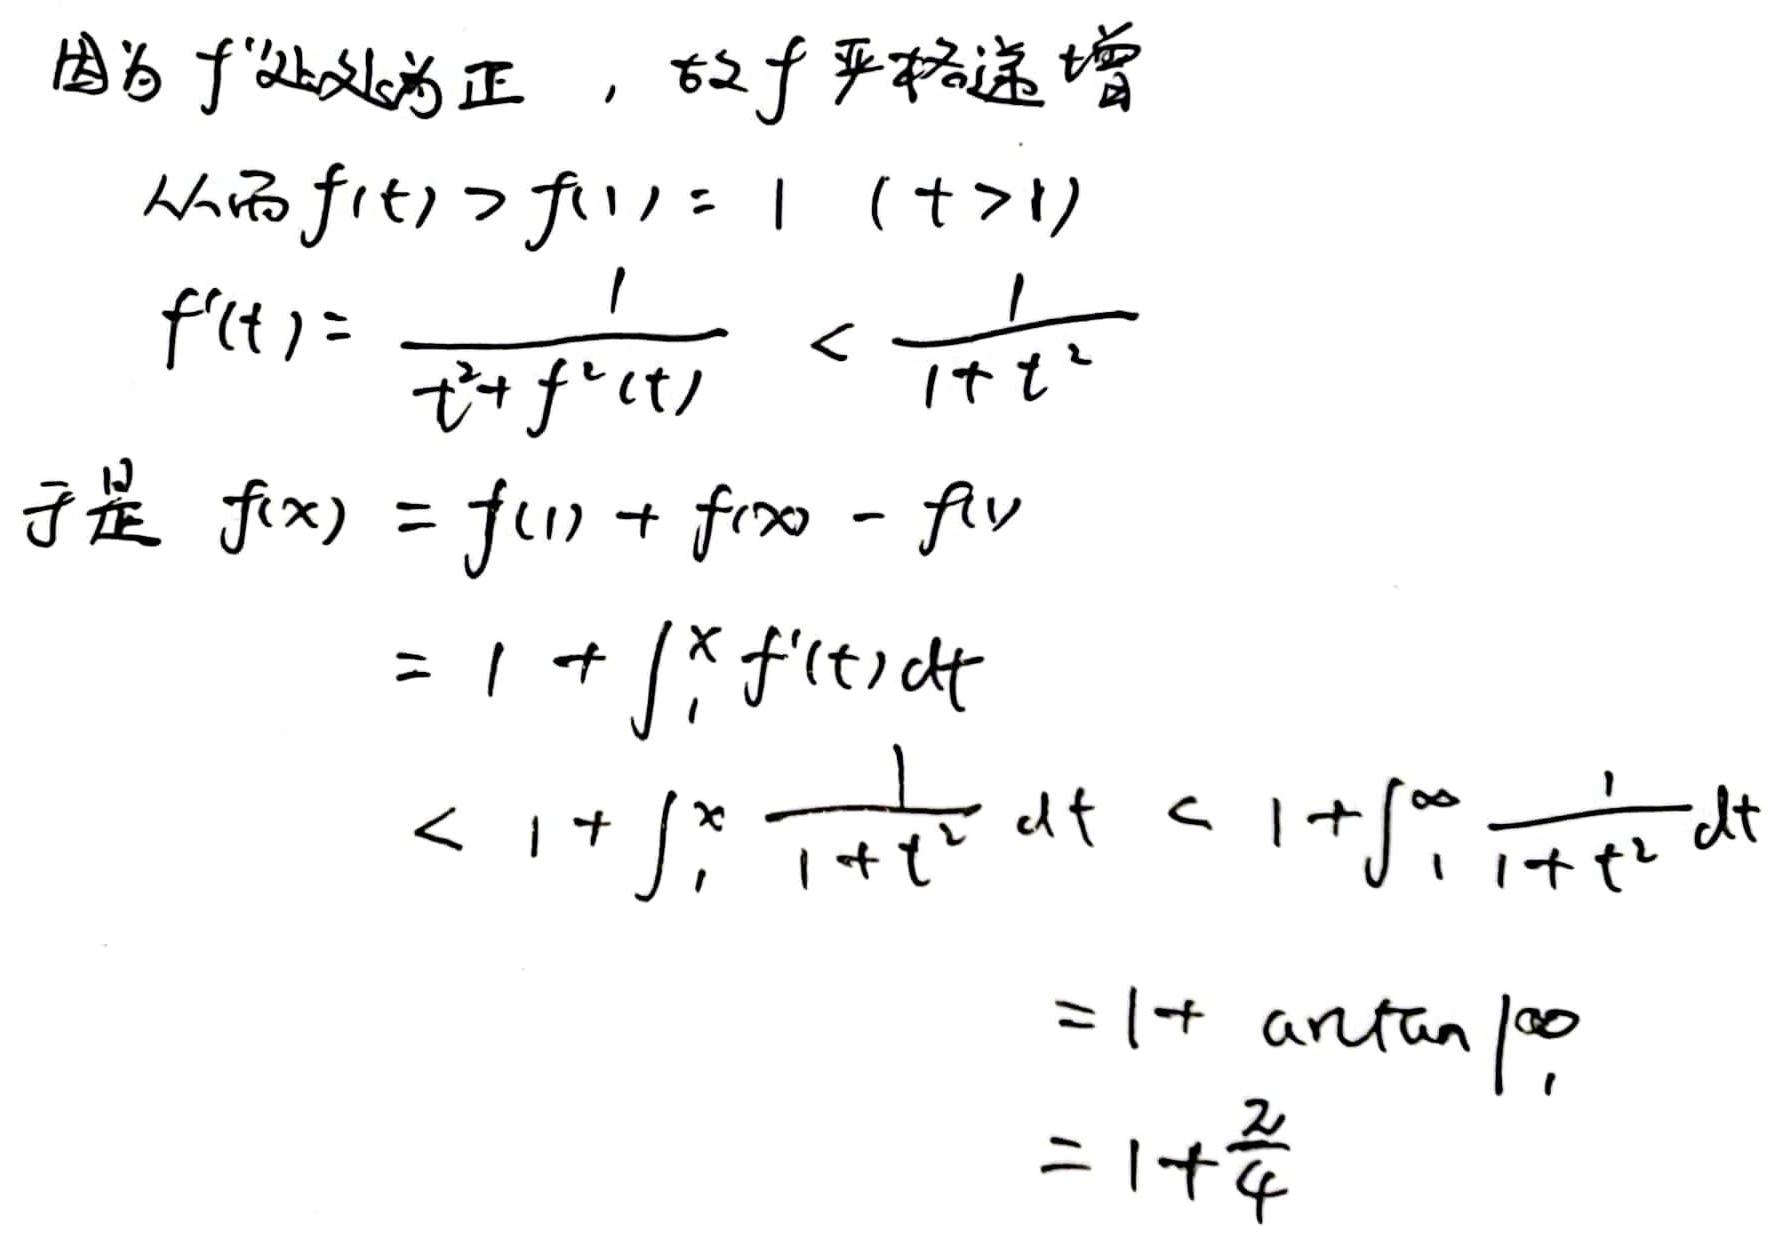
因为 \(f'\) 处处为正，故 \(f\) 严格递增
从而 \(f(t)>f(1)=1\ (t > 1)\)
\[f'(t)=\frac{1}{t^{2}+f^{2}(t)}<\frac{1}{1 + t^{2}}\]
于是 \(f(x)=f(1)+f(x)-f(1)\)
\[=1+\int_{1}^{x}f'(t)dt\]
\[<1+\int_{1}^{x}\frac{1}{1 + t^{2}}dt<1+\int_{1}^{\infty}\frac{1}{1 + t^{2}}dt\]
\[=1+\arctan t\big|_{1}^{\infty}\]
\[=1+\frac{\pi}{4}\]